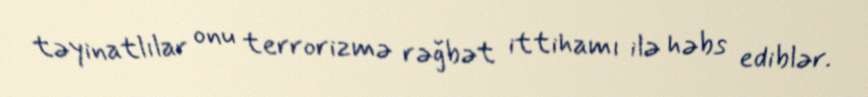
təyinatlılar onu terrorizmə rəğbət ittihamı ilə həbs ediblər.